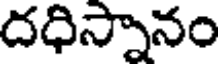
దధిస్నానం